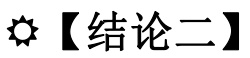
☀【结论二】